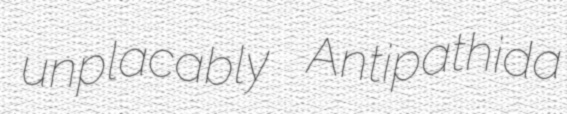
unplacably Antipathida